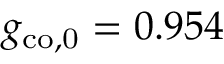
g _ { \mathrm { c o , 0 } } = 0 . 9 5 4